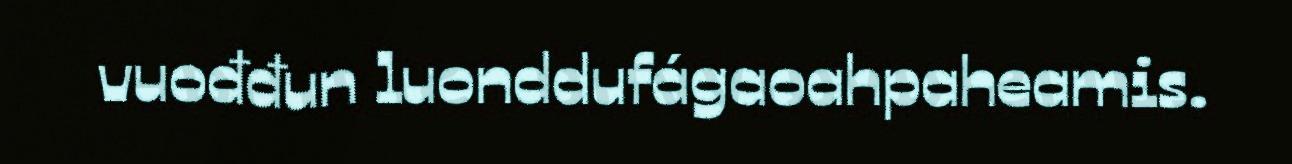
vuođđun luonddufágaoahpaheamis.